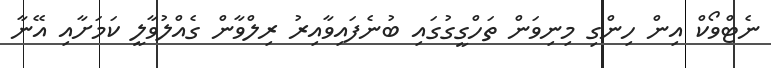
ނެޓްވޯކް އިން ހިންގި މިނިވަން ތަހްގީގުގައި ބުނެފައިވާއިރު ރިލްވާން ގެއްލުވާލީ ކަމަށާއި އޭނާ